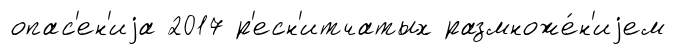
опас'ен'иjа 2017 р'есн'итчатых размноже́н'иjем